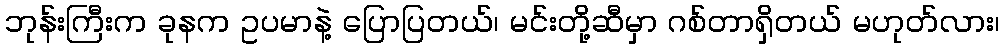
ဘုန်းကြီးက ခုနက ဥပမာနဲ့ ပြောပြတယ်၊ မင်းတို့ဆီမှာ ဂစ်တာရှိတယ် မဟုတ်လား၊